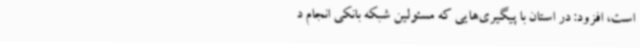
است، افزود: در استان با پیگیری‌هایی که مسئولین شبکه بانکی انجام د